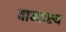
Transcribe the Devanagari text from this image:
वानप्रस्‍थ